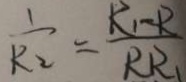
\frac { 1 } { R _ { 2 } } = \frac { R _ { 1 } R } { R R _ { 1 } }